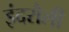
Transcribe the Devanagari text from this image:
इंदरौली